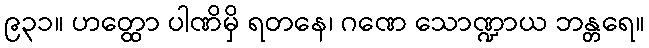
၉၃၁။ ဟတ္ထော ပါဏိမှိ ရတနေ၊ ဂဏေ သောဏ္ဍာယ ဘန္တရေ။